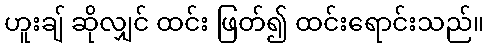
ဟူးချ် ဆိုလျှင် ထင်း ဖြတ်၍ ထင်းရောင်းသည်။